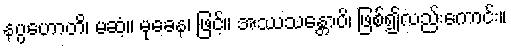
နပ္ပဟောတိ၊ မဆံ့။ မုခေန၊ ဖြင့်။ အဿသန္တောပိ၊ ဖြစ်၍လည်းကောင်း။